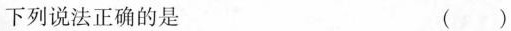
下列说法正确的是 ( )